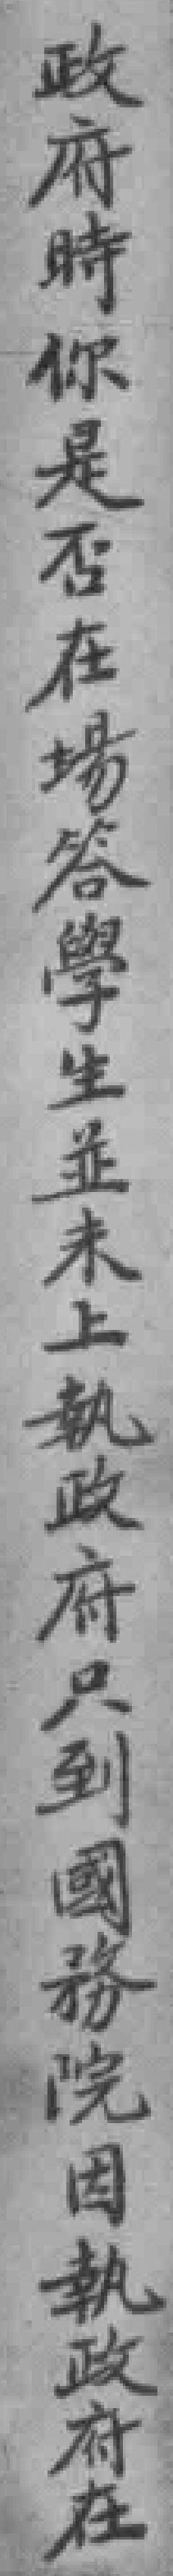
政府時你是否在場答學生並未上執政府只到國務院因執政府在